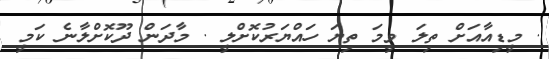
. މީޑިއާއަށް ތިލަަ ވީމަ ތިޔަ ހައްޔަރުކޮށްލީ . މާދަން ދޫކޮށްލާނެ ކަމީ